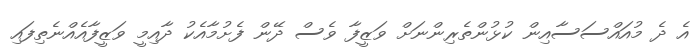
އެ ދެ މުއައްސަސާއިން ކުޅުންތެރިންނަށް ވަޒީފާ ވެސް ދޭން ފެށުމާއެކު ދާއިމީ ވަޒީފާއެއްނެތިފައި